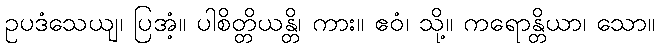
ဥပဒံသေယျ၊ ပြအံ့။ ပါစိတ္တိယန္တိ၊ ကား။ ဧဝံ၊ သို့။ ကရောန္တိယာ၊ သော။